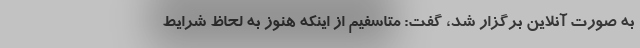
به صورت آنلاین برگزار شد، گفت: متاسفیم از اینکه هنوز به لحاظ شرایط